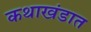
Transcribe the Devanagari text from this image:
कथाखंडात